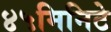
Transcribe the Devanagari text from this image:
४५मिनिटे